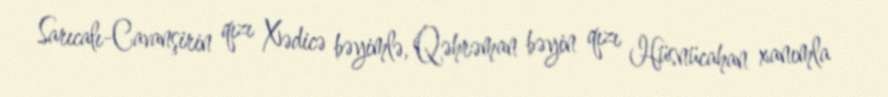
Sarıcalı-Cavanşirin qızı Xədicə bəyimlə, Qəhrəman bəyin qızı Hüsnücahan xanımla